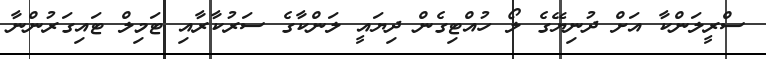
ސްރީލަންކާ އަށް ދުނިޔޭގެ ލޯ ހުއްޓިގެން ދިޔައީ ލަންކާގެ ސަރުކާރާއި ޓަމިލް ޓައިގަރުންނާ